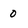
Character: o